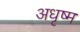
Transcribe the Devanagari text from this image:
अधृष्म